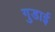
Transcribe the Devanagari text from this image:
गुडाई